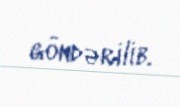
göndərilib.